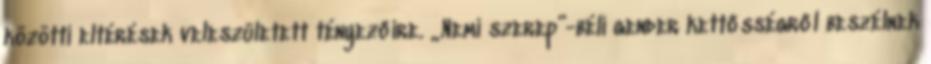
közötti eltérések veleszületett tényezőire. „Nemi szerep”-béli gender kettősségről beszélnek